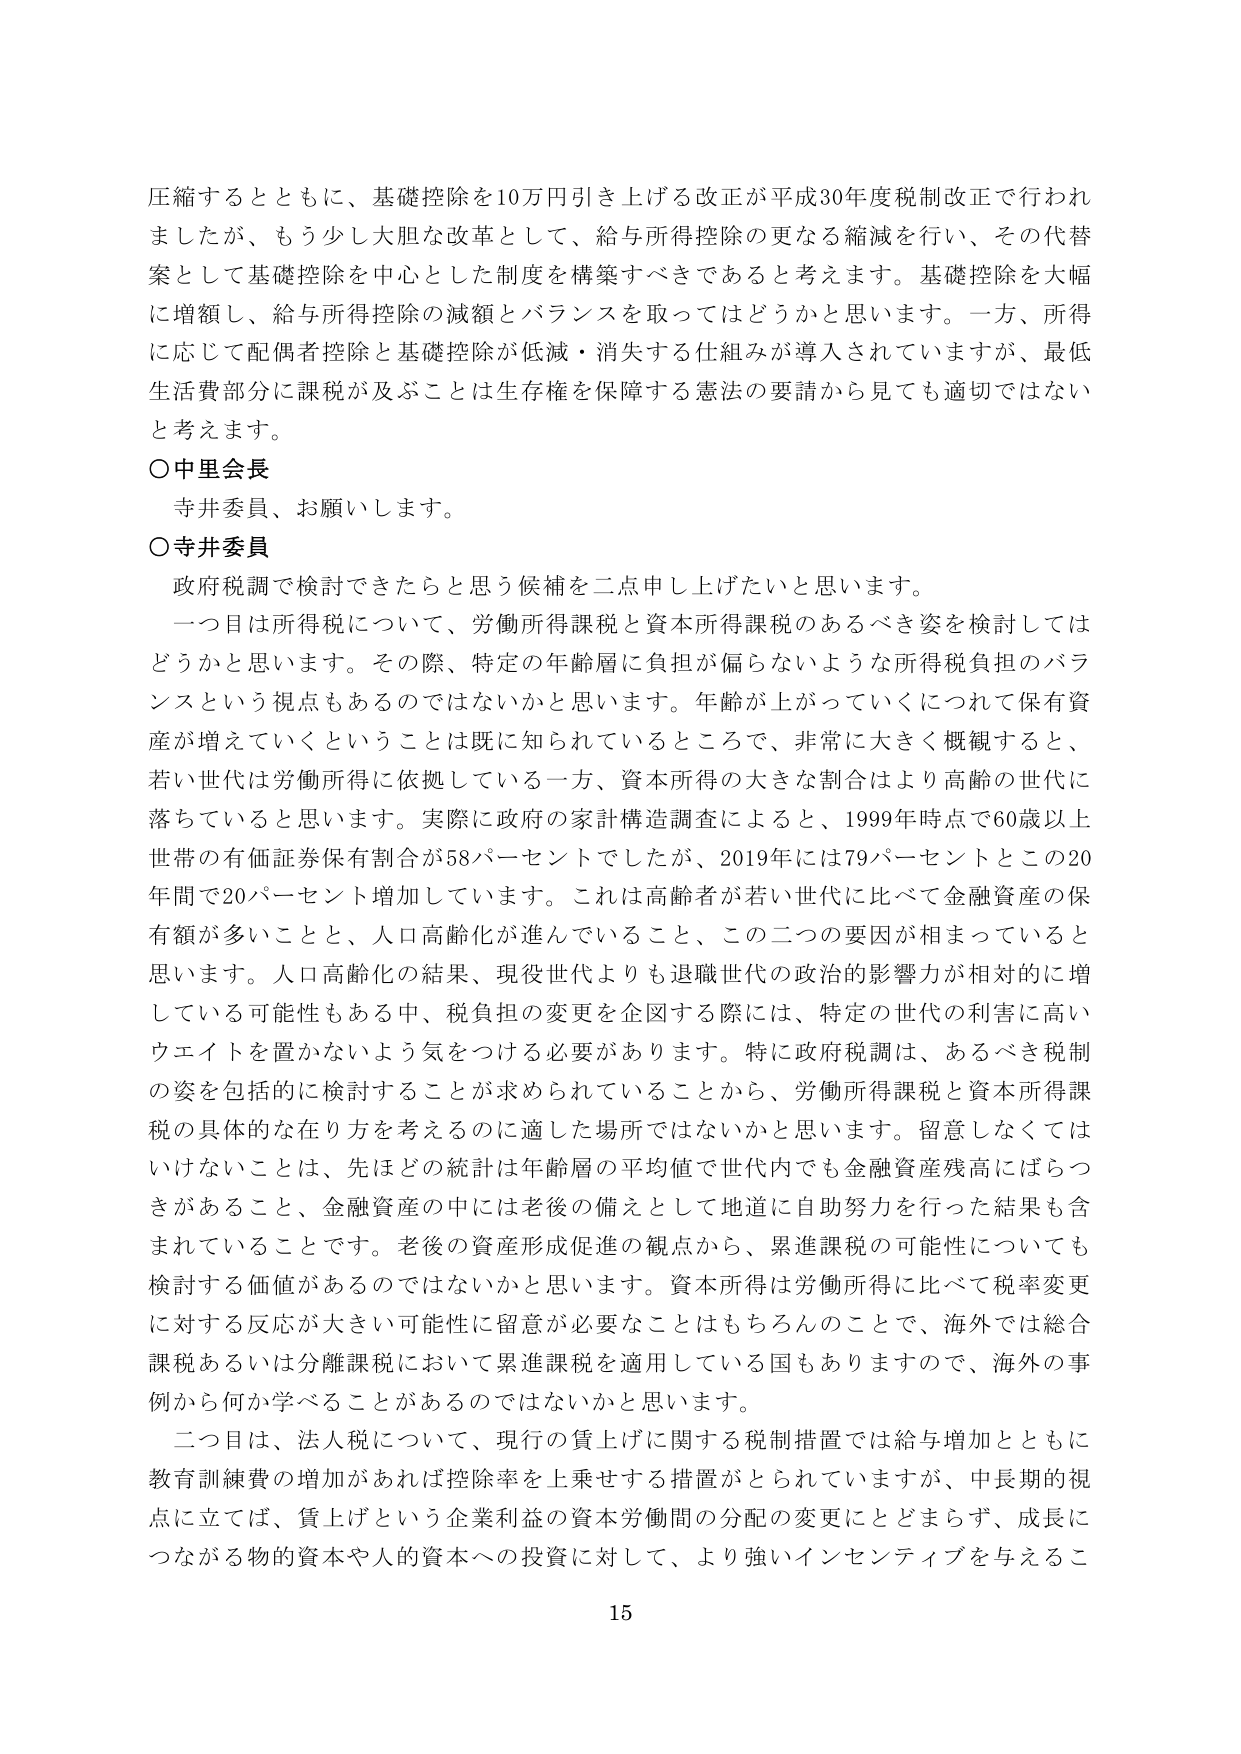
圧縮するとともに、基礎控除を10万円引き上げる改正が平成30年度税制改正で行われましたが、もう少し大胆な改革として、給与所得控除の更なる縮減を行い、その代替案として基礎控除を中心とした制度を構築すべきであると考えます。基礎控除を大幅に増額し、給与所得控除の減額とバランスを取ってはどうかと思います。一方、所得に応じて配偶者控除と基礎控除が低減・消失する仕組みが導入されていますが、最低生活費部分に課税が及ぶことは生存権を保障する憲法の要請から見ても適切ではないと考えます。

○中里会長
寺井委員、お願いします。

○寺井委員
政府税調で検討できたらと思う候補を二点申し上げたいと思います。

一つ目は所得税について、労働所得課税と資本所得課税のあるべき姿を検討してはどうかと思います。その際、特定の年齢層に負担が偏らないような所得税負担のバランスという視点もあるのではないかと思います。年齢が上がっていくにつれて保有資産が増えていくということは既に知られているところで、非常に大きく概観すると、若い世代は労働所得に依拠している一方、資本所得の大きな割合はより高齢の世代に落ちていると思います。実際に政府の家計構造調査によると、1999年時点で60歳以上世帯の有価証券保有割合が58パーセントでしたが、2019年には79パーセントとこの20年間で20パーセント増加しています。これは高齢者が若い世代に比べて金融資産の保有額が多いことと、人口高齢化が進んでいること、この二つの要因が相まっていていると思います。人口高齢化の結果、現役世代よりも退職世代の政治的影響力が相対的に増している可能性もある中、税負担の変更を企図する際には、特定の世代の利害に高いウエイトを置かないよう気をつける必要があります。特に政府税調は、あるべき税制の姿を包括的に検討することが求められていることから、労働所得課税と資本所得課税の具体的な在り方を考えるのに適した場所ではないかと思います。留意しなくてはいけないことは、先ほどの統計は年齢層の平均値で世代内でも金融資産残高にばらつきがあること、金融資産の中には老後の備えとして地道に自助努力を行った結果も含まれていることです。老後の資産形成促進の観点から、累進課税の可能性についても検討する価値があるのではないかと思います。資本所得は労働所得に比べて税率変更に対する反応が大きい可能性に留意が必要なことはもちろんのこと、海外では総合課税あるいは分離課税において累進課税を適用している国もありますので、海外の事例から何か学べることがあるのではないかと思います。

二つ目は、法人税について、現行の賃上げに関する税制措置では給与増加とともに教育訓練費の増加があれば控除率を上乗せする措置がとられていますが、中長期的視点に立てば、賃上げという企業利益の資本労働間の分配の変更にとどまらず、成長につながる物的資本や人的資本への投資に対して、より強いインセンティブを与えるこ

15